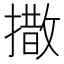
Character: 𪮫